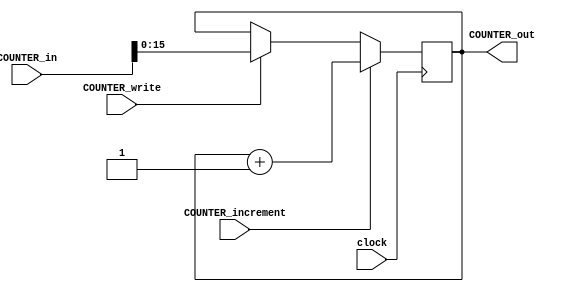
module counter(clock, COUNTER_in, COUNTER_write, COUNTER_increment, COUNTER_out);

 input clock;
 input [16:0] COUNTER_in;
 input COUNTER_write;
 input COUNTER_increment;
 
 output [15:0] COUNTER_out;
 
 reg [15:0] counter_data;
 
 initial begin
	counter_data = 0;
 end
 
 always @(posedge clock) begin
	
	if(COUNTER_write) begin
		counter_data <= COUNTER_in;
	end
	
	if(COUNTER_increment) begin
		counter_data <= counter_data + 1;
	end
 
 end

 assign COUNTER_out = counter_data;

endmodule